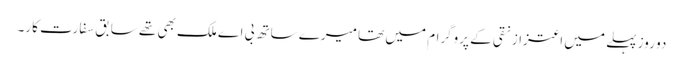
دو روز پہلے میں اعتزاز نقی کے پروگرام میں تھا میرے ساتھ بی اے ملک بھی تھے سابق سفارت کار۔